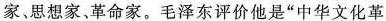
家、思想家、革命家。毛泽东评价他是”中华文化革